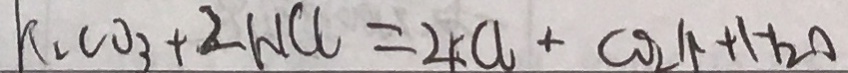
k _ { 1 } C O _ { 3 } + 2 H C l = 4 a + c o 2 \uparrow + H _ { 2 } O